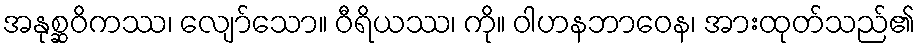
အနုစ္ဆဝိကဿ၊ လျော်သော။ ဝီရိယဿ၊ ကို။ ဝါဟနဘာဝေန၊ အားထုတ်သည်၏